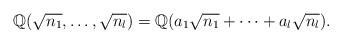
LaTeX: \begin{align*}\mathbb{Q}(\sqrt{n_1},\dots,\sqrt{n_l})=\mathbb{Q}(a_1\sqrt{n_1}+\dots+a_l\sqrt{n_l}).\end{align*}